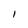
Character: i